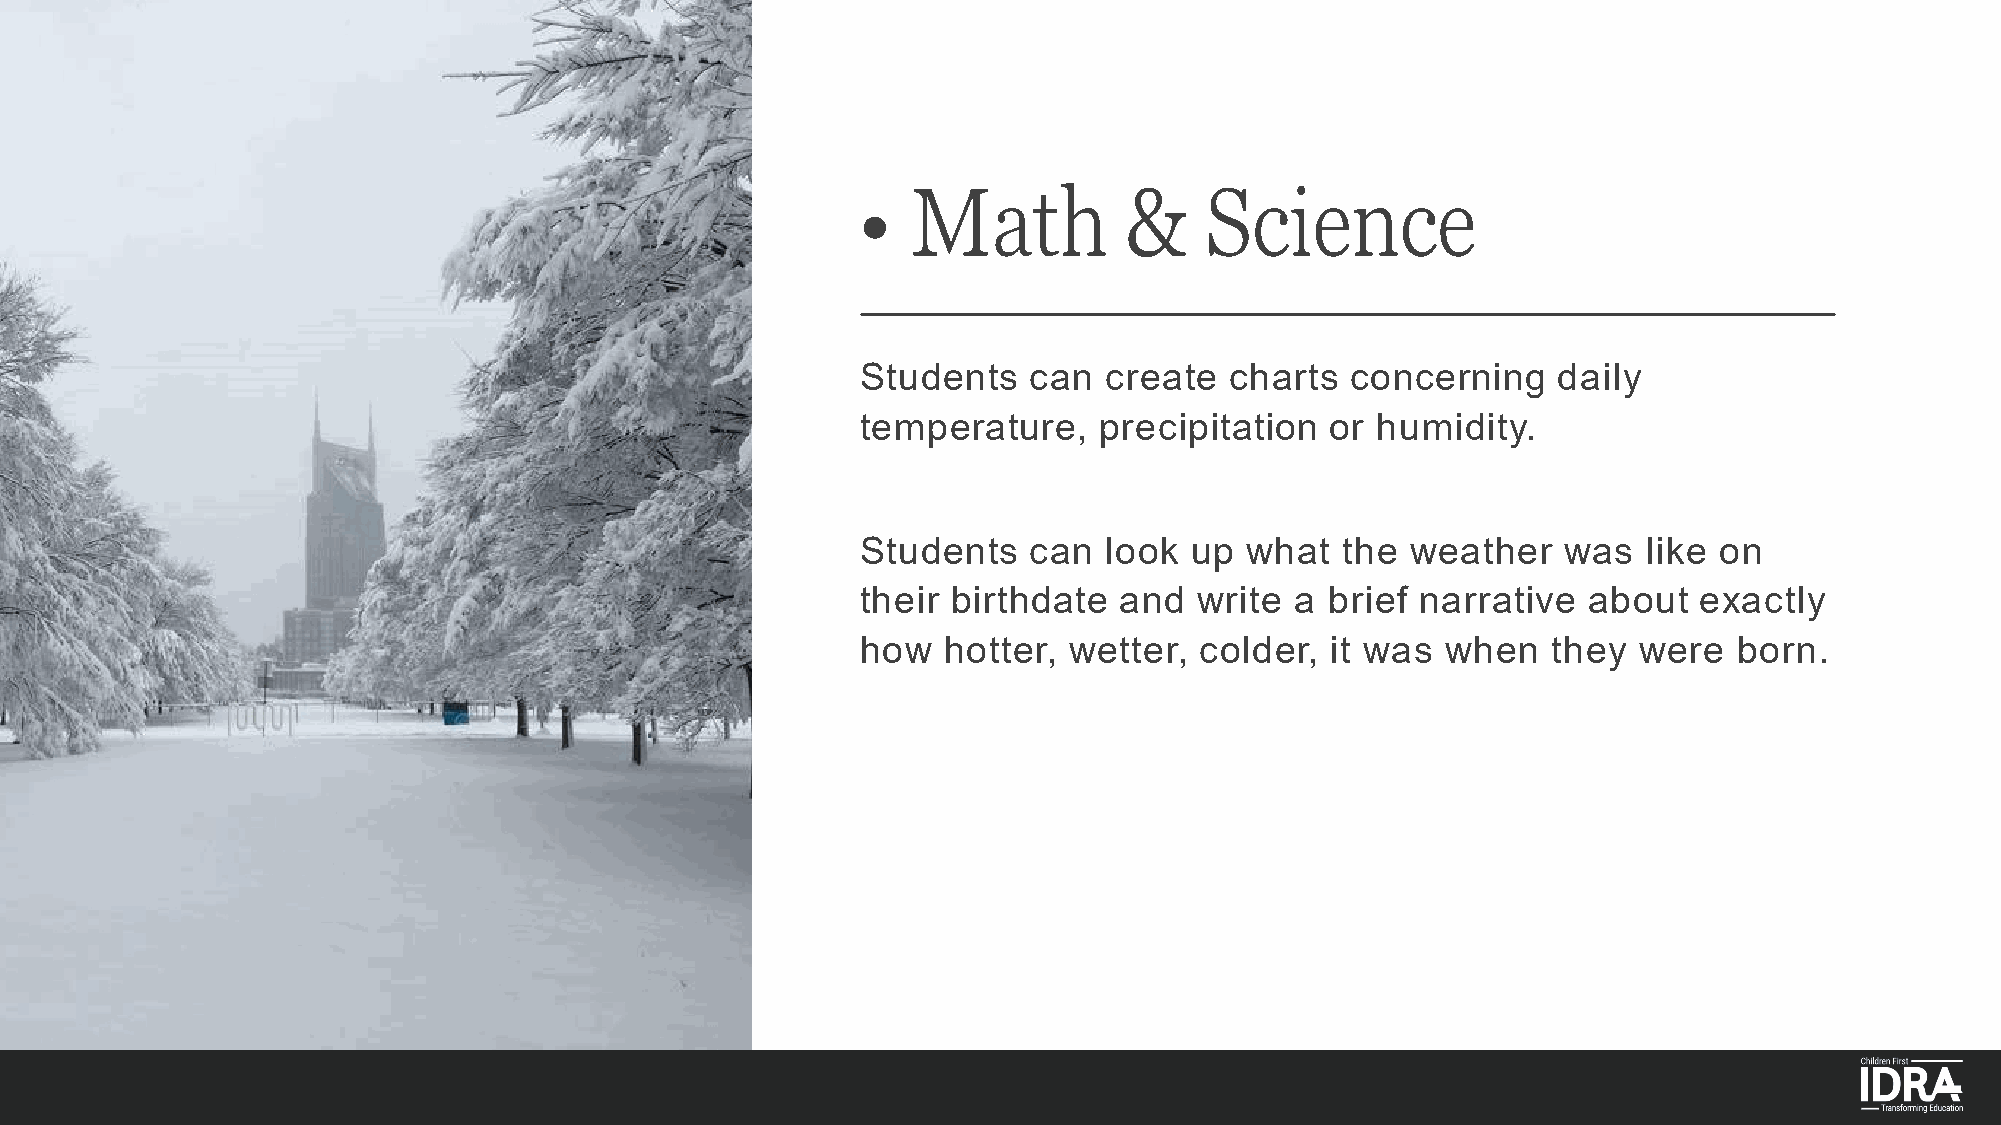
•  Math          &     Science
 Students   can  create  charts  concerning    daily
 temperature,    precipitation  or humidity.
 Students   can  look  up  what  the weather    was  like on
 their birthdate  and  write  a brief narrative  about   exactly
 how   hotter, wetter, colder,  it was  when   they  were  born.